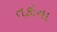
તકોના